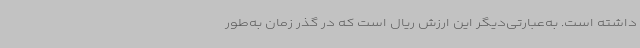
داشته است. به‌عبارتی‌دیگر این ارزش ریال است که در گذر زمان به‌طور